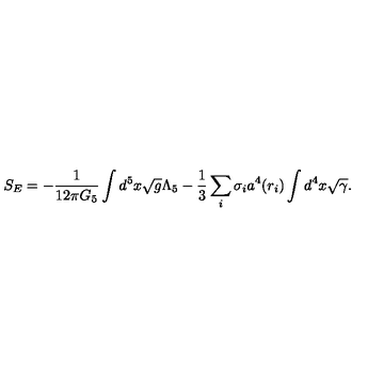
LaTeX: S _ { E } = - { \frac { 1 } { 1 2 \pi G _ { 5 } } } \int d ^ { 5 } x \sqrt { g } \Lambda _ { 5 } - { \frac { 1 } { 3 } } \sum _ { i } \sigma _ { i } a ^ { 4 } ( r _ { i } ) \int d ^ { 4 } x \sqrt { \gamma } .